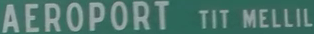
AEROPORT TIT MELLIL